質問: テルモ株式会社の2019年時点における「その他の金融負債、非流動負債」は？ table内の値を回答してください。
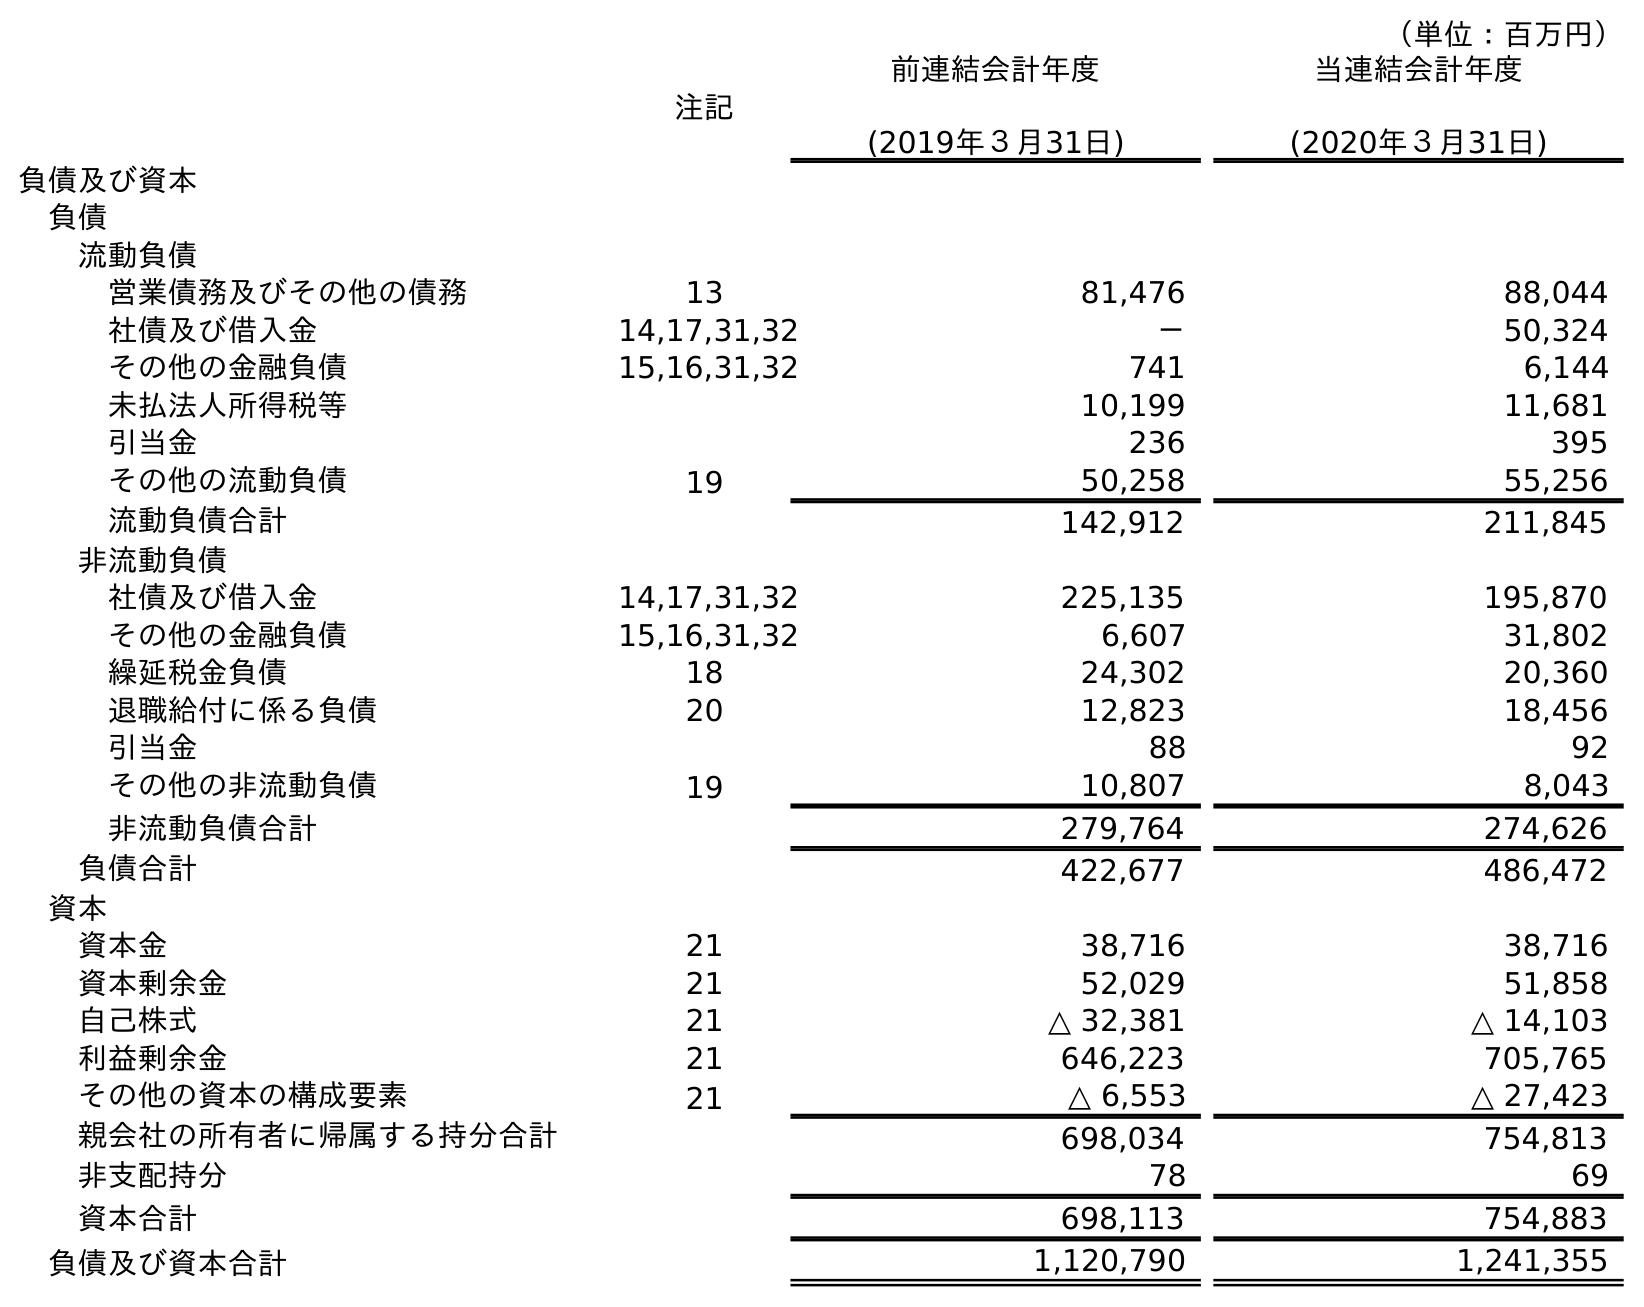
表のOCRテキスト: （単位：百万円） 注記 前連結会計年度 (2019年３月31日) 当連結会計年度 (2020年３月31日) 負債及び資本 負債 流動負債 営業債務及びその他の債務 13 81,476 88,044 社債及び借入金 14,17,31,32 － 50,324 その他の金融負債 15,16,31,32 741 6,144 未払法人所得税等 10,199 11,681 引当金 236 395 その他の流動負債 19 50,258 55,256 流動負債合計 142,912 211,845 非流動負債 社債及び借入金 14,17,31,32 225,135 195,870 その他の金融負債 15,16,31,32 6,607 31,802 繰延税金負債 18 24,302 20,360 退職給付に係る負債 20 12,823 18,456 引当金 88 92 その他の非流動負債 19 10,807 8,043 非流動負債合計 279,764 274,626 負債合計 422,677 486,472 資本 資本金 21 38,716 38,716 資本剰余金 21 52,029 51,858 自己株式 21 △ 32,381 △ 14,103 利益剰余金 21 646,223 705,765 その他の資本の構成要素 21 △ 6,553 △ 27,423 親会社の所有者に帰属する持分合計 698,034 754,813 非支配持分 78 69 資本合計 698,113 754,883 負債及び資本合計 1,120,790 1,241,355
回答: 6,607